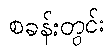
စခန်းတွင်း